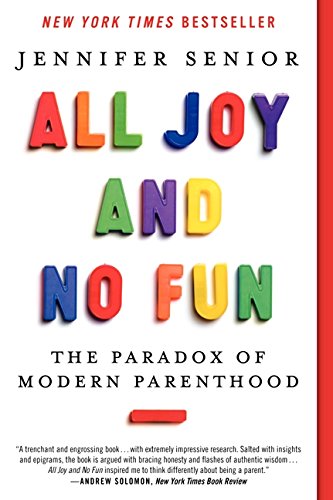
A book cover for All Joy and No Fun: The Paradox of Modern Parenthood; Jennifer Senior; Politics & Social Sciences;